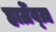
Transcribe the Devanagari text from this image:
हार्ग्रेव्ज़